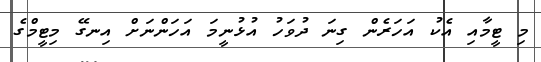
މި ޓީމާއި އެކު އަހަރެން ގިނަ ދުވަހު އުޅުނީމަ އަހަންނަށް އިނގޭ މިޓީމްގެ